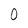
Character: O